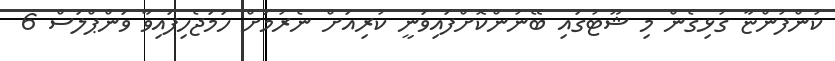
ކުންފުންޏާ ގުޅިގެން މި ޝޫޓުގައި ބޭނުންކޮށްފައިވަނީ ކުރިއަށް ނެރުމަށް ހަމަޖެހިފައިވާ ވަންޕްލަސް 6